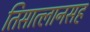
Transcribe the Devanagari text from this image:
तिसात्लानसह